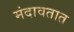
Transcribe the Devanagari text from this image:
मंदावतात